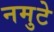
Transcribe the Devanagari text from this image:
नमुटे